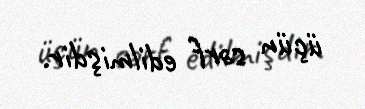
üçün sərf edilmişdir.